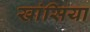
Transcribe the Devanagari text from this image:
खांसिया